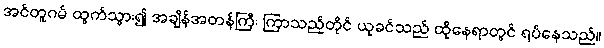
အင်တူဂမ် ထွက်သွား၍ အချိန်အတန်ကြီး ကြာသည့်တိုင် ယုခင်သည် ထိုနေရာတွင် ရပ်နေသည်။